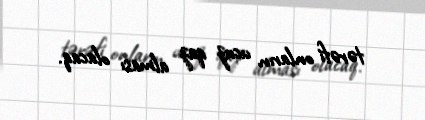
tərəfi onların ucuz qaz alması olacaq.